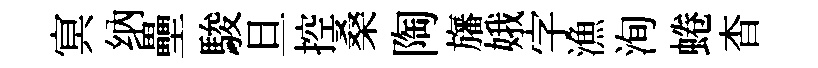
㝠纳壘駿旦控桑陶旛娥字漁洵蜷杳